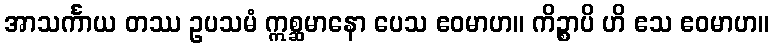
အာသင်္ကာယ တဿ ဥပသမံ ဣစ္ဆမာနော ပေသ ဧဝမာဟ။ ကိဉ္စာပိ ဟိ ဧသ ဧဝမာဟ။